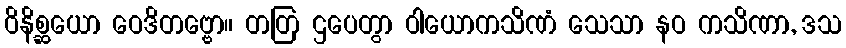
ဝိနိစ္ဆယော ဝေဒိတဗ္ဗော။ တတြ ဌပေတွာ ဝါယောကသိဏံ သေသာ နဝ ကသိဏာ, ဒသ